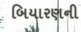
બિયારણની